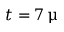
t = 7 \, \upmu